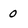
Character: 0